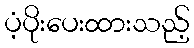
ပံ့ပိုးပေးထားသည့်